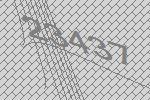
23437